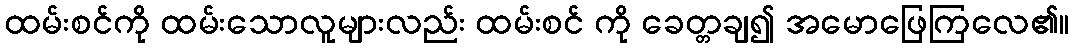
ထမ်းစင်ကို ထမ်းသောလူများလည်း ထမ်းစင် ကို ခေတ္တချ၍ အမောဖြေကြလေ၏။